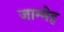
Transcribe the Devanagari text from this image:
जाम्मेह